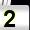
Digit: 2